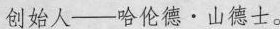
创始人—哈伦德·山德士。